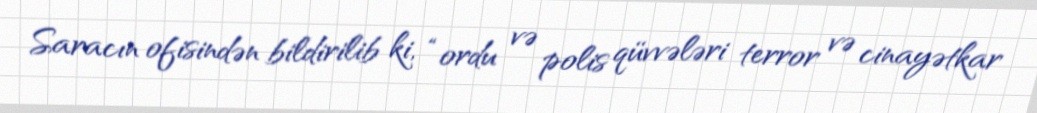
Saracın ofisindən bildirilib ki, “ordu və polis qüvvələri terror və cinayətkar